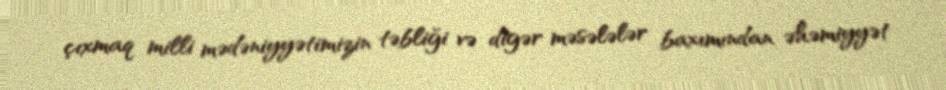
çıxmaq milli mədəniyyətimizin təbliği və digər məsələlər baxımından əhəmiyyət